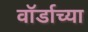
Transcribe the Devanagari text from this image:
वॉर्डाच्या